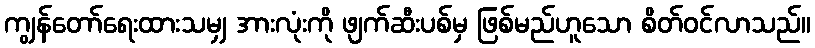
ကျွန်တော်ရေးထားသမျှ အားလုံးကို ဖျက်ဆီးပစ်မှ ဖြစ်မည်ဟူသော စိတ်ဝင်လာသည်။